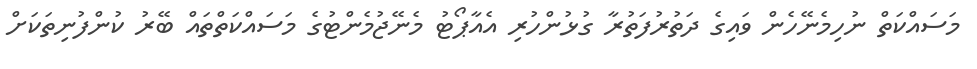
މަސައްކަތް ނުހިމެނޭހެން ވައިގެ ދަތުރުފަތުރާ ގުޅުންހުރި އެއާޕޯޓު މެނޭޖުމެންޓުގެ މަސައްކަތްތައް ބޭރު ކުންފުނިތަކަށް